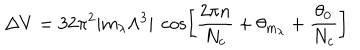
\Delta V = 3 2 \pi ^ { 2 } | m _ { \lambda } \Lambda ^ { 3 } | ~ \cos \left[ { \frac { 2 \pi n } { N _ { c } } } + \theta _ { m _ { \lambda } } + { \frac { \theta _ { 0 } } { N _ { c } } } \right]